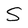
Character: S